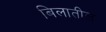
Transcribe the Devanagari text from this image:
बिलातील